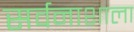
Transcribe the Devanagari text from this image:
सर्वनाशाला